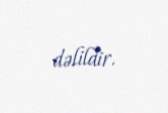
dəlildir.